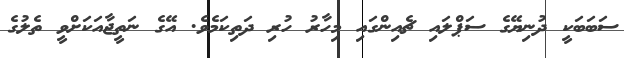
ސަބަބަކީ ދުނިޔޭގެ ސަޕްލައި ޗެއިންގައި މިހާރު ހުރި ދަތިކަމެވެ. އޭގެ ނަތީޖާއަކަށްވީ ތެލުގެ